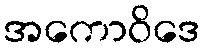
အကောဝိဒေ